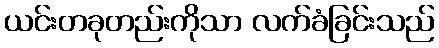
ယင်းတခုတည်းကိုသာ လက်ခံခြင်းသည်